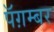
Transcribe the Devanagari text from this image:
पॅग़म्बर